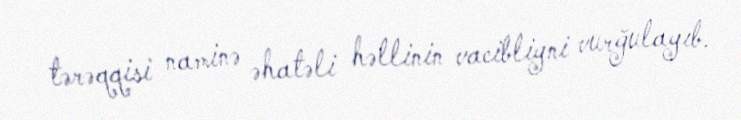
tərəqqisi naminə əhatəli həllinin vacibliyni vurğulayıb.